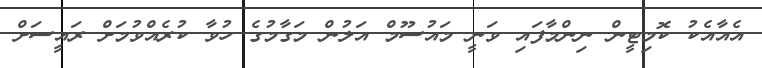
އެއާއެކު ކޮމިޓީން ނިންމާފައި ވަނީ މައުސޫމް އަލުން މަގާމުގެ ހުވާ ކުރެއްވުމަށް ރައީސަށް